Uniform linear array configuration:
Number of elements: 48
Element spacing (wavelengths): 0.5
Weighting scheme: blackman
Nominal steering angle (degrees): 15
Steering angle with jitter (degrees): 13.907
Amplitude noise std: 0.05
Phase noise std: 0.05

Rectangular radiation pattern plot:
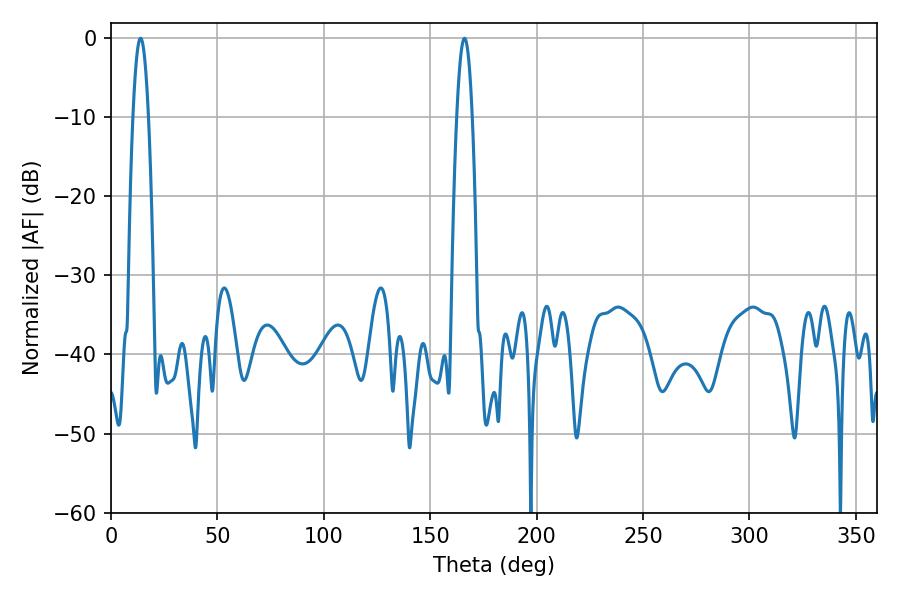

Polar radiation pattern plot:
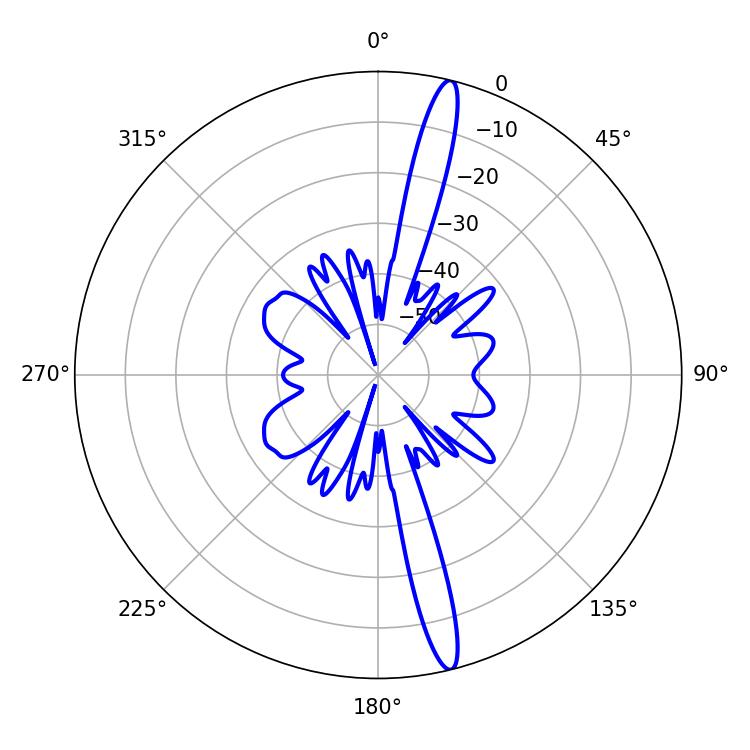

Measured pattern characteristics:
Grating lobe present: FALSE
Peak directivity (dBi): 17.403
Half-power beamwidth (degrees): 3.96
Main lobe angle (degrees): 13.86